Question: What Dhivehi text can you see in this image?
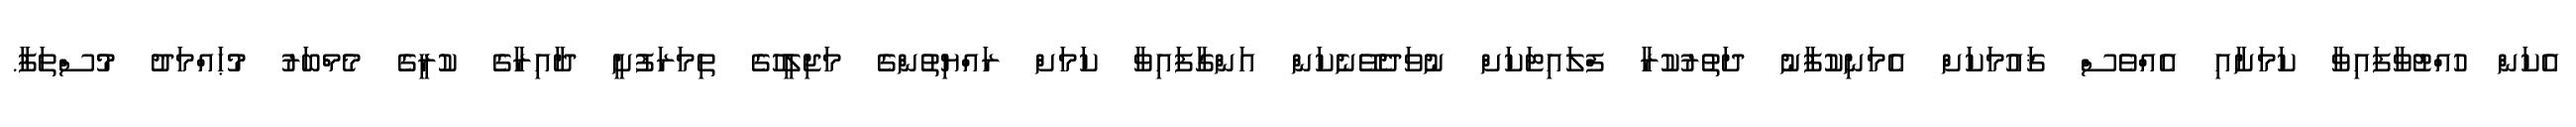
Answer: އެކަން ހުއްޓުވާފައިވާ ކަމަށާއި އެއްވެސް ޤައުމަކަށް އެމަނިކުފާނު ދަތުރުކުރާ ފްލައިޓަކަށް ނުވަދެވޭނެކަން އަންގާފައިވާ ކަމަށް ރައްޔިތުންގެ މަޖިލީހުގެ ތިމަރަފުށީ ދާއިރާގެ ކުރީގެ މެމްބަރު މުޙައްމަދު މުސްތަފާ.